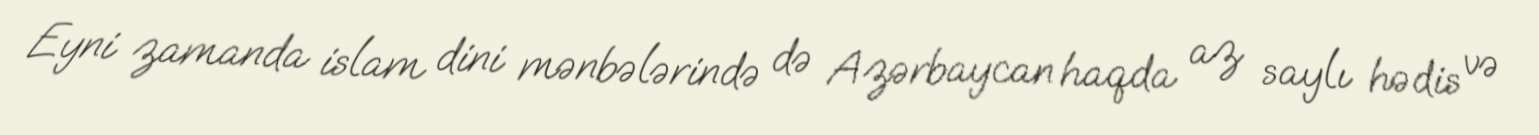
Eyni zamanda islam dini mənbələrində də Azərbaycan haqda az saylı hədis və